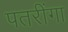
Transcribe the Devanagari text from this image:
पतरींगा